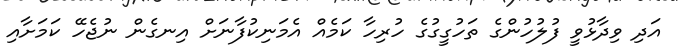
އަދި ވިދާޅުވީ ފުލުހުންގެ ތަހުގީގުގެ ހުރިހާ ކަމެއް އެމަނިކުފާނަށް އިނގެން ނުޖެހޭ ކަމަށާއި